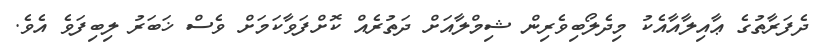
ދެފަރާތުގެ ޢާއިލާއާއެކު މިދެލޯބިވެރިން ޝިމްލާއަށް ދަތުރެއް ކޮށްފަވާކަމަށް ވެސް ޚަބަރު ލިބިފަވެ އެވެ.